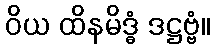
ဝိယ ထိနမိဒ္ဓံ ဒဋ္ဌဗ္ဗံ။